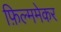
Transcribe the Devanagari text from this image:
फ़िल्ममेकर